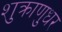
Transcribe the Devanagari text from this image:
शुक्राणुधर